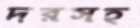
দরসহ